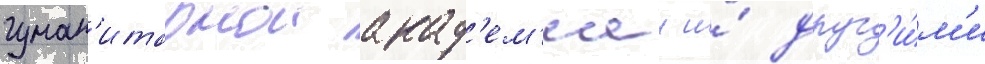
гуман'итарнои акад'ем'иеи и́ друг'и́м'и